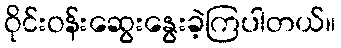
ဝိုင်းဝန်းဆွေးနွေးခဲ့ကြပါတယ်။